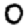
Digit: 0